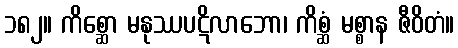
၁၈၂။ ကိစ္ဆော မနုဿပဋိလာဘော၊ ကိစ္ဆံ မစ္စာန ဇီဝိတံ။